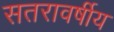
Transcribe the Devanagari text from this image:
सतरावर्षीय